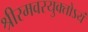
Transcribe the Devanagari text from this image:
श्रीरमवरयुक्‍तोऽयं